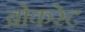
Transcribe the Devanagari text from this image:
ब्रोकरेट